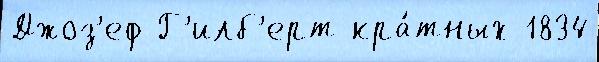
Джоз'еф Г'илб'ерт кра́тных 1834